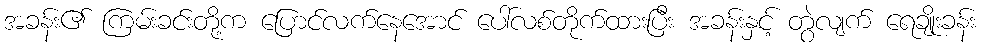
အခန်း၏ ကြမ်းခင်းတို့က ပြောင်လက်နေအောင် ပေါ်လစ်တိုက်ထားပြီး အခန်းနှင့် တွဲလျက် ရေချိုးခန်း